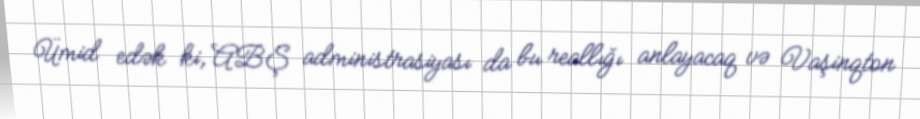
Ümid edək ki, ABŞ administrasiyası da bu reallığı anlayacaq və Vaşinqton